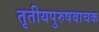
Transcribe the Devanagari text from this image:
तृतीयपुरुषवाचक